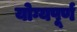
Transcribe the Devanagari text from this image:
योग्यपूर्ण